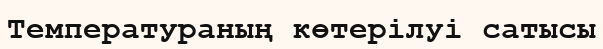
Температураның көтерілуі сатысы